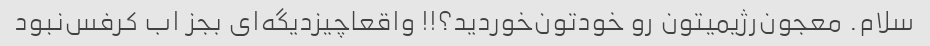
سلام‌. معجون‌رژیمیتون رو خودتون‌خوردید؟!! واقعا‌چیز‌دیگه‌ای بجز اب کرفس‌نبود